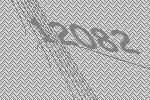
12082